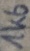
Text: 1K6